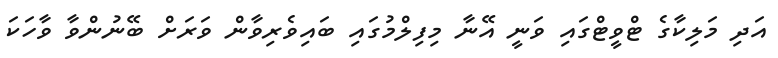
އަދި މަލިކާގެ ޓްވީޓްގައި ވަނީ އޭނާ މިފިލްމުގައި ބައިވެރިވާން ވަރަށް ބޭނުންވާ ވާހަކަ